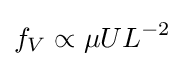
f_{V}\propto \mu UL^{-2}